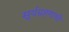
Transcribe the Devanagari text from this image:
सूर्यग्रहणाची